Indian journal of veterinary science and animal husbandry - Volumes 24-25, 1954-1955
Year: 1954
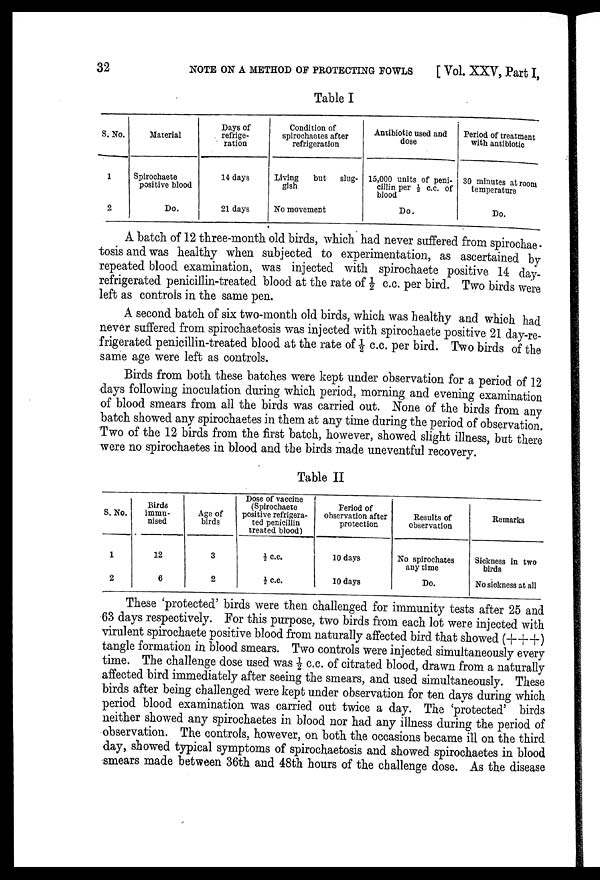
32
NOTE ON A METHOD OF PROTECTING FOWLS
[Vol. XXV, Part I,
Table I
S. No.
1
2
Material
Spirochaete
positive blood
Do.
Days of
refrige-
ration
14 days
21 days
Condition of
spirochaetes after
refrigeration
Living
but
slug-
gish
No movement
Antibiotic used and
dose
15,000 units of peni-
cillin per ½ c.c. of
blood
Do.
Period of treatment
with antibiotic
30 minutes at room
temperature
Do.
A batch of 12 three-month old birds, which had never suffered from spirochae-
tosis and was healthy when subjected to experimentation, as ascertained by
repeated blood examination, was injected with spirochaete positive 14 day-
refrigerated penicillin-treated blood at the rate of ½ c.c. per bird. Two birds were
left as controls in the same pen.
A second batch of six two-month old birds, which was healthy and which had
never suffered from spirochaetosis was injected with spirochaete positive 21 day-re-
frigerated penicillin-treated blood at the rate of ½ c.c. per bird. Two birds of the
same age were left as controls.
Birds from both these batches were kept under observation for a period of 12
days following inoculation during which period, morning and evening examination
of blood smears from all the birds was carried out. None of the birds from any
batch showed any spirochaetes in them at any time during the period of observation.
Two of the 12 birds from the first batch, however, showed slight illness, but there
were no spirochaetes in blood and the birds made uneventful recovery.
Table II
S. No.
1
2
Birds
immu-
nised
12
6
Age of
birds
3
2
Dose of vaccine
(Spirochaete
positive refrigera-
ted penicillin
treated blood)
½
C.C.
½ c.c.
Period of
observation after
protection
10 days
10 days
Results of
observation
No spirochates
any time
Do.
Remarks
Sickness in two
birds
No sickness at all
These 'protected' birds were then challenged for immunity tests after 25 and
63 days respectively. For this purpose, two birds from each lot were injected with
virulent spirochaete positive blood from naturally affected bird that showed (+++)
tangle formation in blood smears. Two controls were injected simultaneously every
time. The challenge dose used was ½ c.c. of citrated blood, drawn from a naturally
affected bird immediately after seeing the smears, and used simultaneously. These
birds after being challenged were kept under observation for ten days during which
period blood examination was carried out twice a day. The 'protected' birds
neither showed any spirochaetes in blood nor had any illness during the period of
observation. The controls, however, on both the occasions became ill on the third
day, showed typical symptoms of spirochaetosis and showed spirochaetes in blood
smears made between 36th and 48th hours of the challenge dose. As the disease